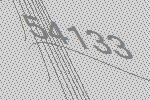
54133